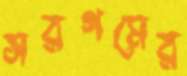
সরগমের